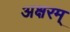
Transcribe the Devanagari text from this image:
अक्षरम्